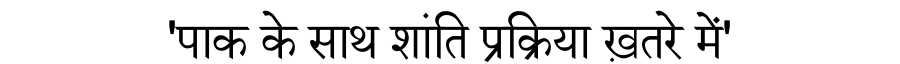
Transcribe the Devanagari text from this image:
'पाक के साथ शांति प्रक्रिया ख़तरे में'